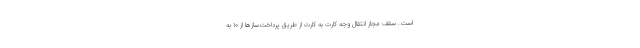
است. سقف مجاز انتقال وجه کارت به کارت از طریق پرداخت‌سازها از ۱۰ به